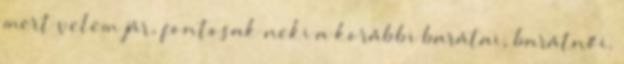
mert velem jár, fontosak neki a korábbi barátai, barátnői.